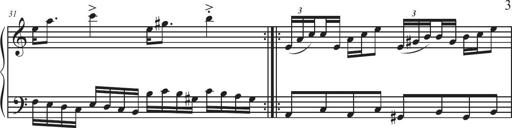
Title: Sonatina Espania
Composer: Jerald Franklin Archer
Key: Various